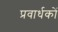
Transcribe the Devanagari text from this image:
प्रवार्धकों